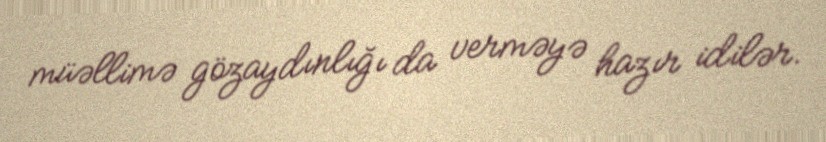
müəllimə gözaydınlığı da verməyə hazır idilər.